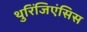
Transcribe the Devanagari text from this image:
थुरिंजिएंसिस